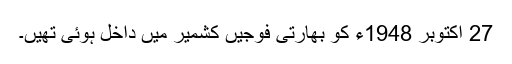
27 اکتوبر 1948ء کو بھارتی فوجیں کشمیر میں داخل ہوئی تھیں۔